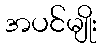
အပင်မျိုး